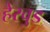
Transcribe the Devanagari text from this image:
हेरवुड